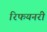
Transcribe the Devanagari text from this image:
रिफयनरी